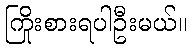
ကြိုးစားရပါဦးမယ်။